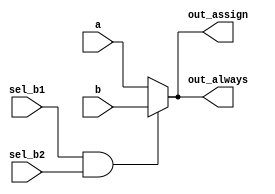
// This program was cloned from: https://github.com/matthlud/HDLBits
// License: Apache License 2.0

// synthesis verilog_input_version verilog_2001
module top_module(
    input a,
    input b,
    input sel_b1,
    input sel_b2,
    output wire out_assign,
    output reg out_always   ); 
    
always @(*) begin
    if (sel_b1 && sel_b2) begin
        out_always = b;
    end
    else begin
        out_always = a;
    end        
end

assign out_assign = out_always;    
    
endmodule